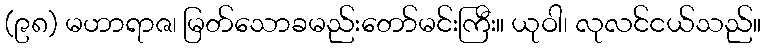
(၉၈) မဟာရာဇ၊ မြတ်သောခမည်းတော်မင်းကြီး။ ယုဝါ၊ လုလင်ငယ်သည်။